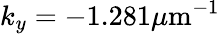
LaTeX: k_{y}=-1.281\mu\mathrm{m}^{-1}